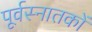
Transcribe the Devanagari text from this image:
पूर्वस्नातकों